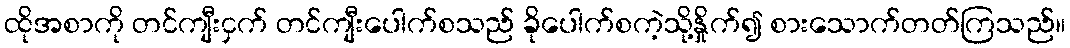
ထိုအစာကို တင်ကျီးငှက် တင်ကျီးပေါက်စသည် ခိုပေါက်စကဲ့သို့နှိုက်၍ စားသောက်တတ်ကြသည်။